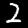
Digit: 2